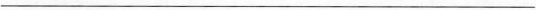
___